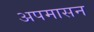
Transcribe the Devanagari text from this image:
अपमासन